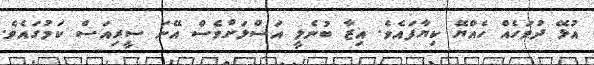
އުޅޭ ދުވަހެއް ހެއްޔޭ ކިޔާފައެވެ. އިޒާ ބުނެލީ އަސްލަށްވެސް އޭނަ ސީރިއަސް ކަމުގައެވެ.